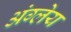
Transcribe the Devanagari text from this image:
अंग्लेय